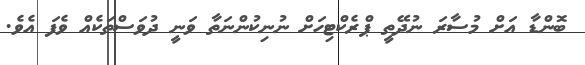
ބޮންޑާ އަށް މުސާރަ ނުދޭތީ ޕްރެކްޓިހަށް ނުނިކުންނަތާ ވަނީ ދުވަސްތަކެއް ވެފަ އެވެ.